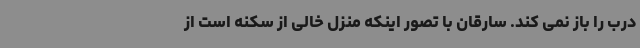
درب را باز نمی کند. سارقان با تصور اینکه منزل خالی از سکنه است از